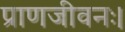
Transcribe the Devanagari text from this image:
प्राणजीवनः।